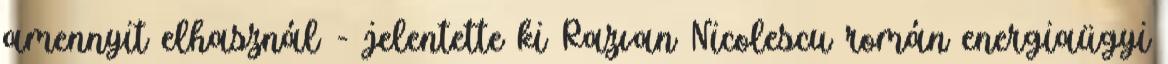
amennyit elhasznál - jelentette ki Razvan Nicolescu román energiaügyi